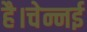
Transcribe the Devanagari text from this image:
है।चेन्नई